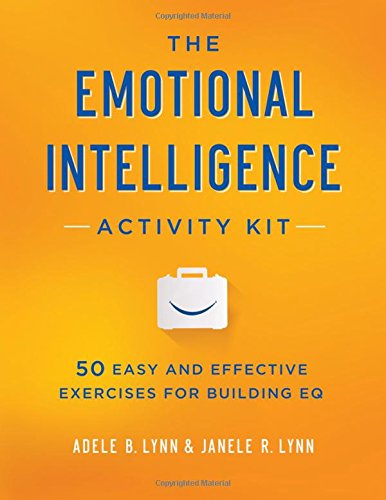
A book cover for The Emotional Intelligence Activity Kit: 50 Easy and Effective Exercises for Building EQ; Adele B. Lynn; Health, Fitness & Dieting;